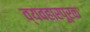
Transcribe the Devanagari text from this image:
व्यवहारपूरक